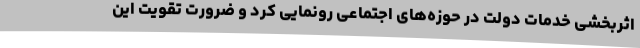
اثربخشی خدمات دولت در حوزه‌های اجتماعی رونمایی کرد و ضرورت تقویت این